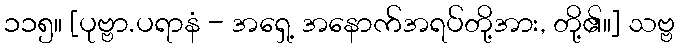
၁၁၅။ [ပုဗ္ဗာ.ပရာနံ - အရှေ့ အနောက်အရပ်တို့အား, တို့၏။] သဗ္ဗ